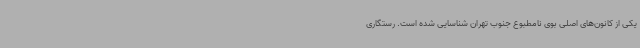
یکی از کانون‌های اصلی بوی نامطبوع جنوب تهران شناسایی شده است. رستگاری